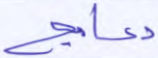
دعاميع